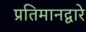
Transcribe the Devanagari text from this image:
प्रतिमानद्वारे